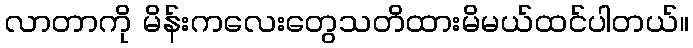
လာတာကို မိန်းကလေးတွေသတိထားမိမယ်ထင်ပါတယ်။